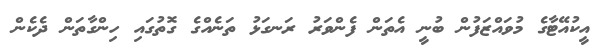
އީކުއޭޓާގެ މުވައްޒަފުން ބުނީ އެތަން ފެންވަރު ރަނގަޅު ތަނެއްގެ ގޮތުގައި ހިންގާތަން ދެކެން